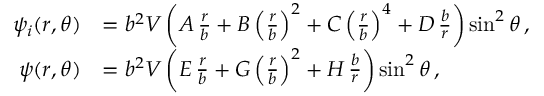
\begin{array} { r l } { \psi _ { i } ( r , \theta ) } & { = b ^ { 2 } V \left( A \, \frac { r } { b } + B \left( \frac { r } { b } \right) ^ { 2 } + C \left( \frac { r } { b } \right) ^ { 4 } + D \, \frac { b } { r } \right) \sin ^ { 2 } \theta \, , } \\ { \psi ( r , \theta ) } & { = b ^ { 2 } V \left( E \, \frac { r } { b } + G \left( \frac { r } { b } \right) ^ { 2 } + H \, \frac { b } { r } \right) \sin ^ { 2 } \theta \, , } \end{array}